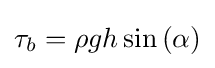
\tau _{b}=\rho gh\sin {\left(\alpha \right)}